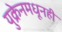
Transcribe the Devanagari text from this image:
युक्रेनमधूनही